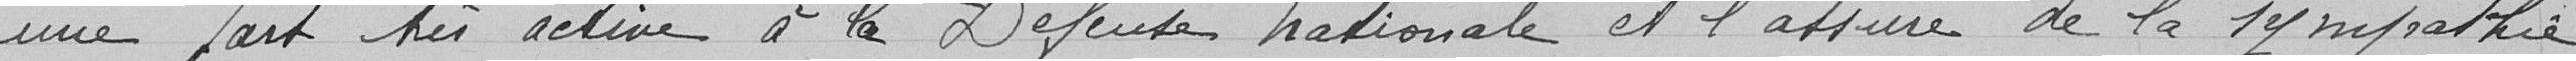
une part très active à la Défense nationale et l'assure de la sympathie